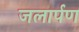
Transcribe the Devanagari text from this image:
जलार्पण